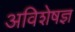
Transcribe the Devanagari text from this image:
अविशेषज्ञ